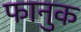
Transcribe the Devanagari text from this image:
फानुक